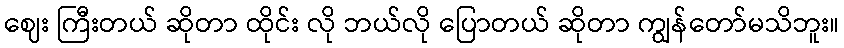
ဈေး ကြီးတယ် ဆိုတာ ထိုင်း လို ဘယ်လို ပြောတယ် ဆိုတာ ကျွန်တော်မသိဘူး။